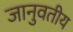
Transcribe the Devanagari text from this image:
जानुवतीय